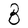
Character: B